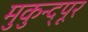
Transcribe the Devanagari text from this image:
मुकुन्द्पूर